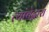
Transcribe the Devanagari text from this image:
त्यांचेद्वारा